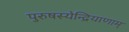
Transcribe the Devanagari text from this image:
पुरुषस्येन्द्रियाणाम्